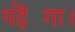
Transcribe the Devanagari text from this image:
पड़ॆगा।